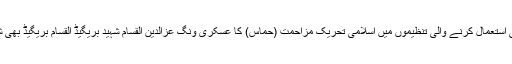
یہ کرنسی استعمال کرنے والی تنظیموں میں اسلامی تحریک مزاحمت (حماس) کا عسکری ونگ عزالدین القسام شہید بریگیڈ القسام بریگیڈ بھی شامل ہے۔